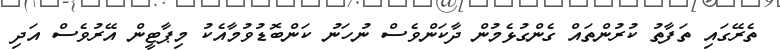
ތެރޭގައި ތަފާތު ކުރުންތައް ގެންގުޅެމުން ދާކަންވެސް ނުހަނު ކަންބޮޑުވުމާއެކު މިޕާޓީން އޭރުވެސް އަދި